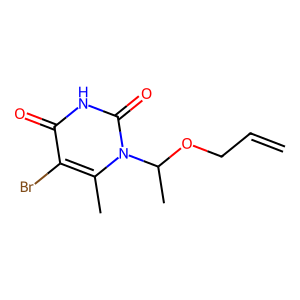
SMILES: C=CCOC(C)n1c(C)c(Br)c(=O)[nH]c1=O
Inhibits HIV replication: No